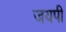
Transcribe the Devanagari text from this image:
जयपी